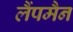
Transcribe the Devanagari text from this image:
लैंपमैन